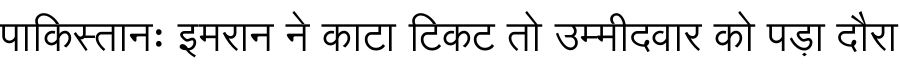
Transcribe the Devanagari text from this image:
पाकिस्तानः इमरान ने काटा टिकट तो उम्मीदवार को पड़ा दौरा